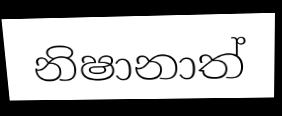
නිෂානාත්